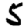
Digit: 5